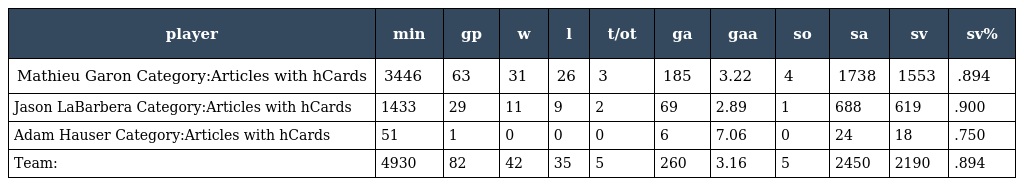
| player | min | gp | w | l | t/ot | ga | gaa | so | sa | sv | sv% |
 | --- | --- | --- | --- | --- | --- | --- | --- | --- | --- | --- | --- |
 | Mathieu Garon Category:Articles with hCards | 3446 | 63 | 31 | 26 | 3 | 185 | 3.22 | 4 | 1738 | 1553 | .894 |
 | Jason LaBarbera Category:Articles with hCards | 1433 | 29 | 11 | 9 | 2 | 69 | 2.89 | 1 | 688 | 619 | .900 |
 | Adam Hauser Category:Articles with hCards | 51 | 1 | 0 | 0 | 0 | 6 | 7.06 | 0 | 24 | 18 | .750 |
 | Team: | 4930 | 82 | 42 | 35 | 5 | 260 | 3.16 | 5 | 2450 | 2190 | .894 |